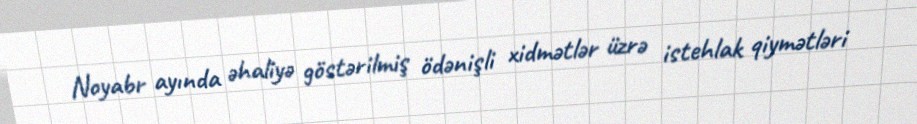
Noyabr ayında əhaliyə göstərilmiş ödənişli xidmətlər üzrə istehlak qiymətləri